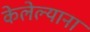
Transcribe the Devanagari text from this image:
केलेल्याना